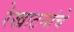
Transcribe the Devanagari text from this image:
रेखाटनांचे